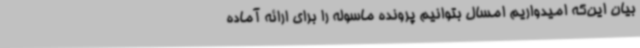
بیان این‌که امیدواریم امسال بتوانیم پرونده ماسوله را برای ارائه آماده